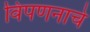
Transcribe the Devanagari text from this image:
विपणनाचे